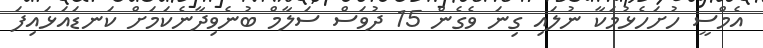
އެމްސީ ހުށަހެޅުމަކާ ނުލައި ގިނަ ވެގެން 15 ދުވަސް ސަލާމް ބުނެވިދާނެކަމަށް ކަނޑައަޅައިފަ